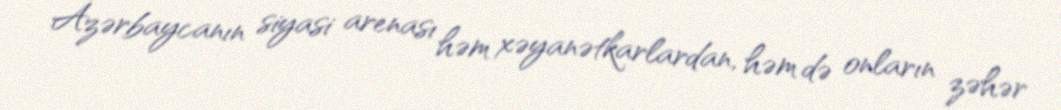
Azərbaycanın siyasi arenası həm xəyanətkarlardan, həm də onların zəhər